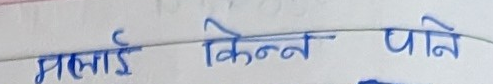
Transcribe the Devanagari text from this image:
मलाई किन्न पनि